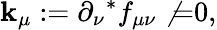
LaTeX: \mathbf{k}_{\mu}:=\partial_{\nu}{}^{*}f_{\mu\nu}\not{=}0,